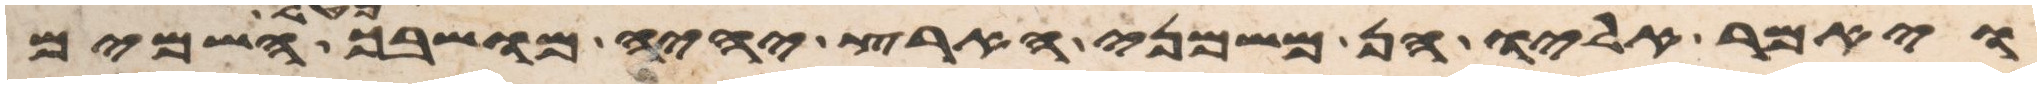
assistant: ויאמר אליו הן משמני הארץ יהיה מושבך מטל השמים